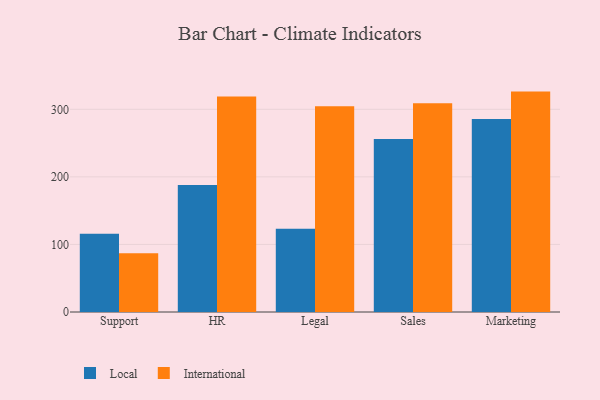
{"axis": {"x": "Department", "y": "LTV (USD)"}, "legend": ["International", "Local"], "data": [{"x": "Support", "y": 115.8, "type": "Local"}, {"x": "Support", "y": 87.0, "type": "International"}, {"x": "HR", "y": 188.1, "type": "Local"}, {"x": "HR", "y": 319.0, "type": "International"}, {"x": "Legal", "y": 123.3, "type": "Local"}, {"x": "Legal", "y": 304.6, "type": "International"}, {"x": "Sales", "y": 256.0, "type": "Local"}, {"x": "Sales", "y": 308.9, "type": "International"}, {"x": "Marketing", "y": 285.8, "type": "Local"}, {"x": "Marketing", "y": 326.2, "type": "International"}]}